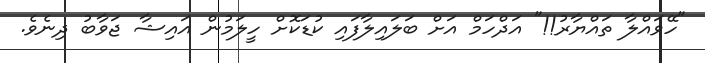
"ހޭވައްލާ ތައްޔާރު!!" އަދްހަމް އަށް ބަލައިލާފައި ކުޑަކޮށް ހީލަމުން އައިޝާ ޖަވާބު ދިނެވެ.